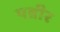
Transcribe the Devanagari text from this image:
पन्नीर